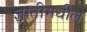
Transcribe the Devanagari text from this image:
ज्ञातीमधील